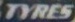
TYRES